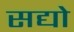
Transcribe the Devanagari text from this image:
सद्यो